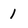
Character: 1